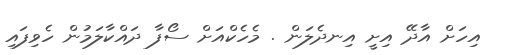
އިހަށް އާދޭ އިށީ އިނދެލަން . މެހެކްއަށް ސޯފާ ދައްކާލަމުން ހެވިފައި